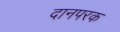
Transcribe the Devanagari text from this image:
दानपरक